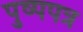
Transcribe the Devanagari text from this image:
पुष्पपत्र